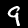
Digit: 9